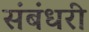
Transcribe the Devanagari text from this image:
संबंधरी